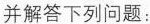
并解答下列问题：